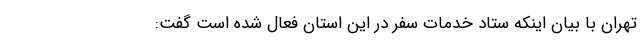
تهران با بیان اینکه ستاد خدمات سفر در این استان فعال شده است گفت: